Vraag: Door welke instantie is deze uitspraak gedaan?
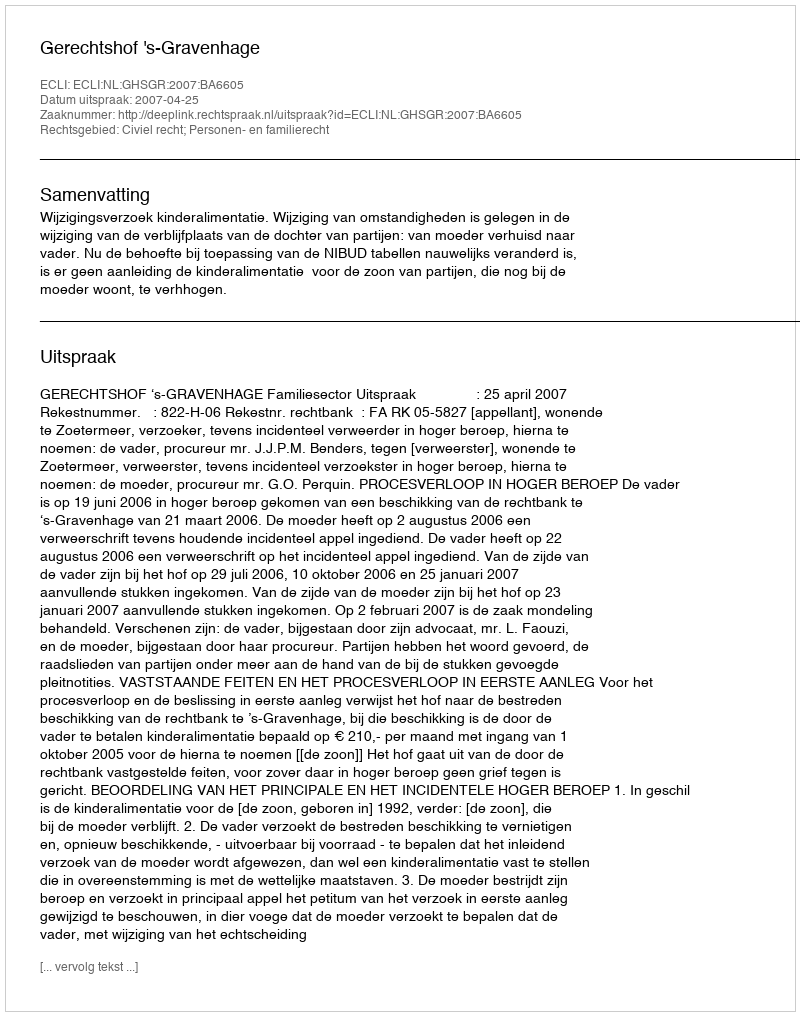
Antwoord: Gerechtshof 's-Gravenhage